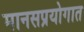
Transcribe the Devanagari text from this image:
मानसप्रयोगात